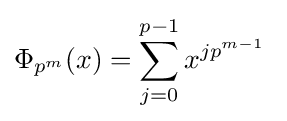
\Phi _{p^{m}}(x)=\sum _{j=0}^{p-1}x^{jp^{m-1}}\;